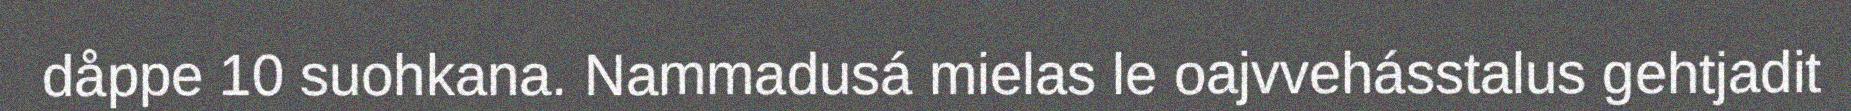
dåppe 10 suohkana. Nammadusá mielas le oajvvehásstalus gehtjadit